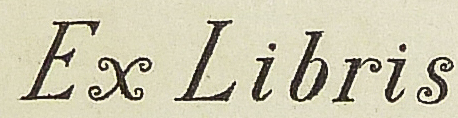
Ex Libris